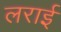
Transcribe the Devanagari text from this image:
लराई